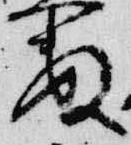
数